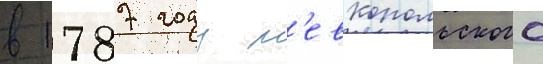
в 1787 году л'евкопольского